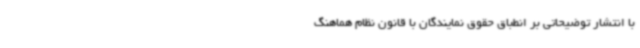
با انتشار توضیحاتی بر انطباق حقوق نمایندگان با قانون نظام هماهنگ